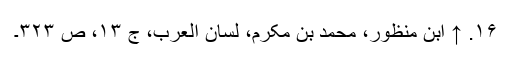
۱۶. ↑ ابن منظور، محمد بن مکرم، لسان العرب، ج ۱۳، ص ۳۲۳۔